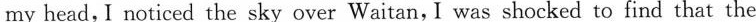
my head,I noticed the sky over Waitan, I was shocked to find that the